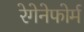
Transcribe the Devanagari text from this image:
रेगेनेफोर्म